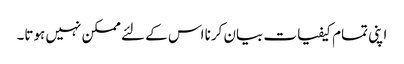
اپنی تمام کیفیات بیان کرنا اس کے لئے ممکن نہیں ہوتا۔